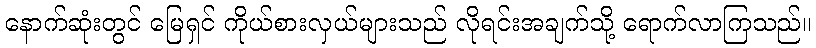
နောက်ဆုံးတွင် မြေရှင် ကိုယ်စားလှယ်များသည် လိုရင်းအချက်သို့ ရောက်လာကြသည်။